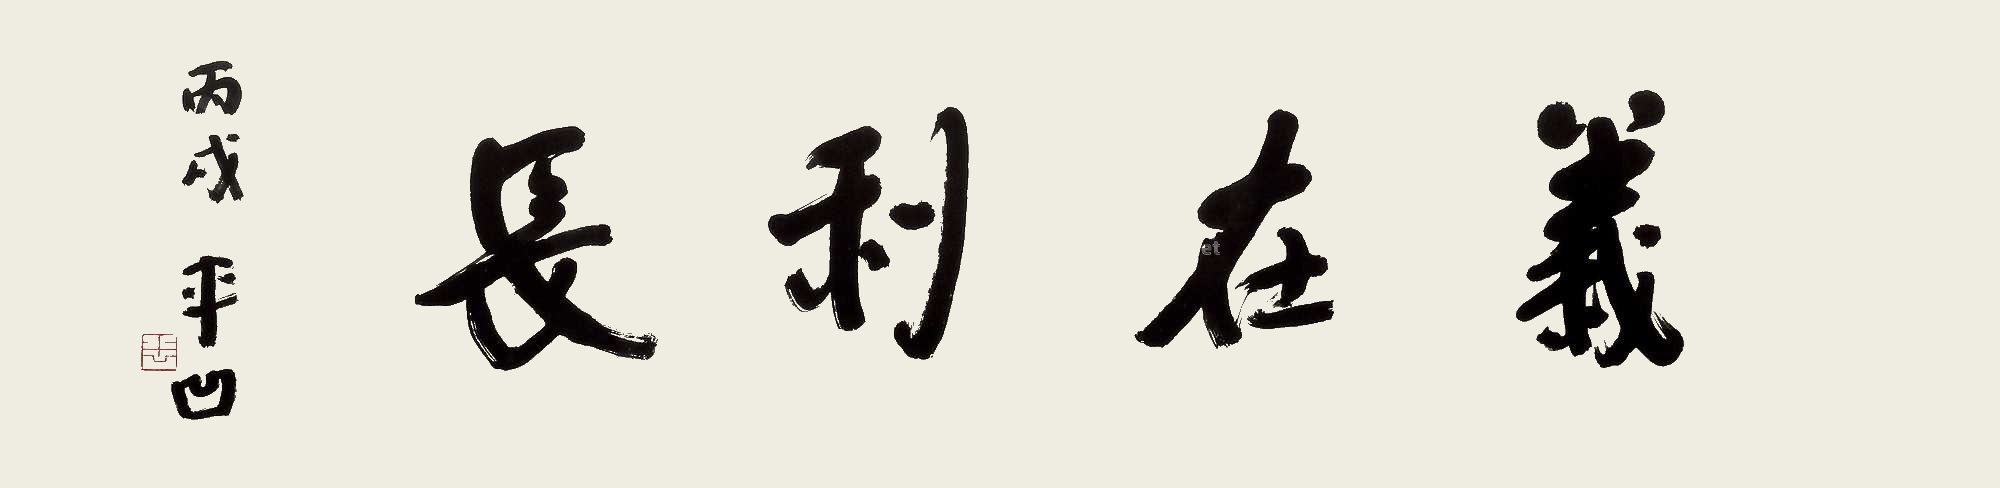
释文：义在利长丙戌，平凹。